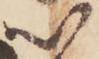
以